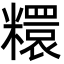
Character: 糫